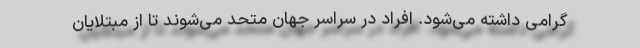
گرامی داشته می‌شود. افراد در سراسر جهان متحد می‌شوند تا از مبتلایان